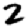
Digit: 2